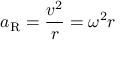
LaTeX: a _ { \mathrm { R } } = { \frac { v ^ { 2 } } { r } } = \omega ^ { 2 } r